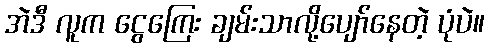
အဲဒီ လူက ငွေကြေး ချမ်းသာလို့ပျော်နေတဲ့ ပုံပဲ။